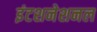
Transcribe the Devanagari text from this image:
इंटशनेशनल